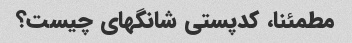
مطمئنا، کدپستی شانگهای چیست؟